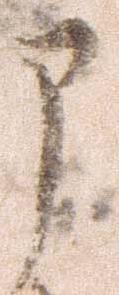
部